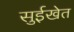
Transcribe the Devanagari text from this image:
सुईखेत